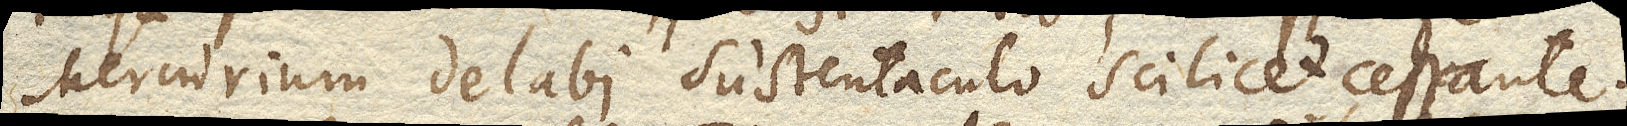
Mercurium delabi sustentaculo scilicet cessante.